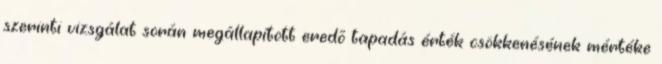
szerinti vizsgálat során megállapított eredõ tapadás érték csökkenésének mértéke